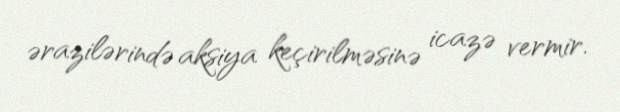
ərazilərində aksiya keçirilməsinə icazə vermir.